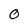
Character: O